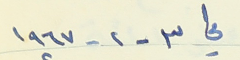
في ٣ - ٢ - ١٩٦٧